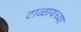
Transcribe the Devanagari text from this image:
टाळायच्या